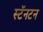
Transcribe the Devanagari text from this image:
स्टॅनटन